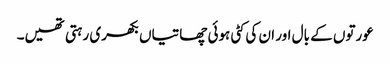
عورتوں کے بال اور ان کی کٹی ہوئی چھاتیاں بکھری رہتی تھیں۔